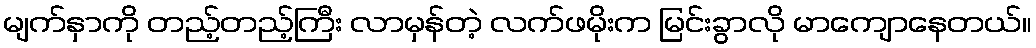
မျက်နှာကို တည့်တည့်ကြီး လာမှန်တဲ့ လက်ဖမိုးက မြင်းခွာလို မာကျောနေတယ်။